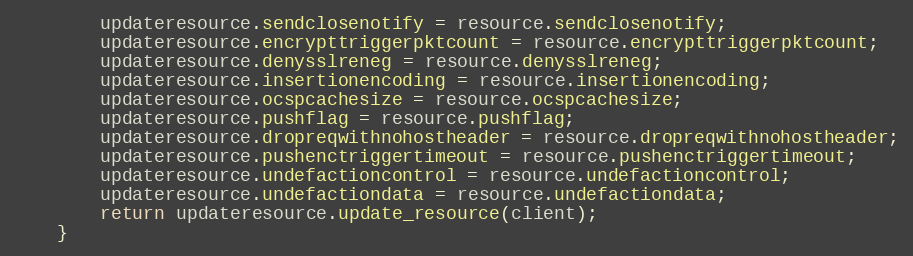
Language: Java
		updateresource.sendclosenotify = resource.sendclosenotify;
		updateresource.encrypttriggerpktcount = resource.encrypttriggerpktcount;
		updateresource.denysslreneg = resource.denysslreneg;
		updateresource.insertionencoding = resource.insertionencoding;
		updateresource.ocspcachesize = resource.ocspcachesize;
		updateresource.pushflag = resource.pushflag;
		updateresource.dropreqwithnohostheader = resource.dropreqwithnohostheader;
		updateresource.pushenctriggertimeout = resource.pushenctriggertimeout;
		updateresource.undefactioncontrol = resource.undefactioncontrol;
		updateresource.undefactiondata = resource.undefactiondata;
		return updateresource.update_resource(client);
	}